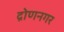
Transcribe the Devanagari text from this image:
द्रोणनगर